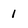
Character: 1